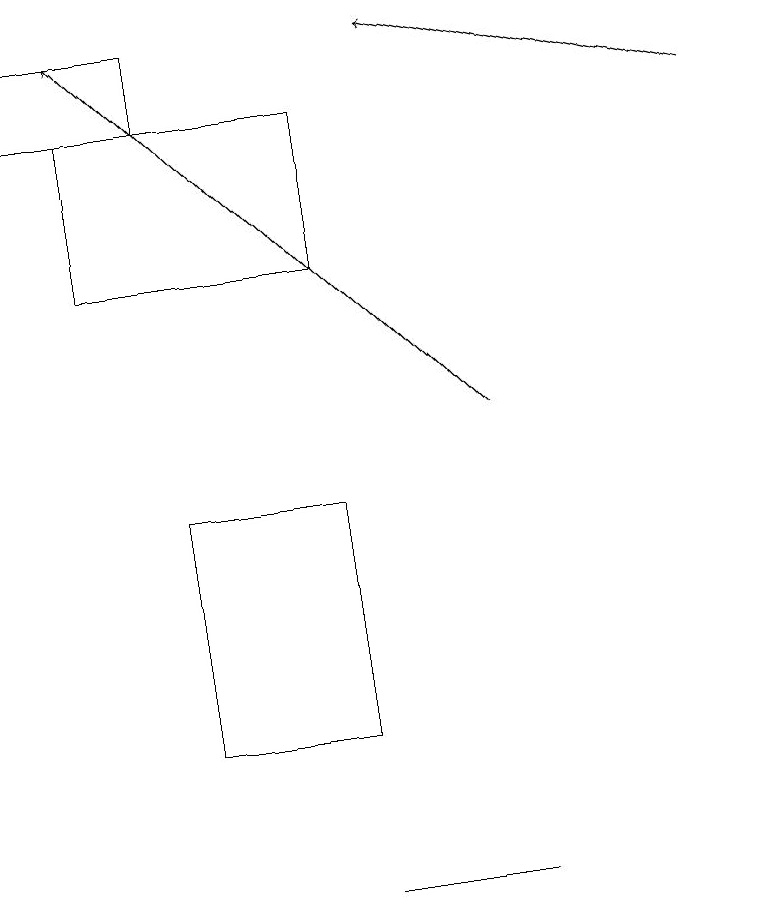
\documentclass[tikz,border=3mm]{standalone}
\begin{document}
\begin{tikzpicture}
\draw[->] (6,14) -- (1,19);
\draw (6,8) -- (5,8) -- (4,8) -- cycle;
\draw (2,18) rectangle (0,19);
\draw (1,18) rectangle (4,16);
\draw (4,13) rectangle (2,10);
\draw[->] (9,18) -- (5,19);
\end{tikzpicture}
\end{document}